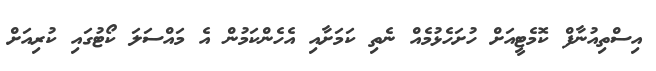
އިސްތިއުނާފް ކޮމެޓީއަށް ހުށަހެޅުމެއް ނެތި ކަމަށާއި އެހެންކަމުން އެ މައްސަލަ ކޯޓުގައި ކުރިއަށް